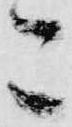
こ